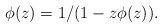
LaTeX: \begin{align*}\phi(z)=1/(1-z\phi(z)).\end{align*}